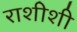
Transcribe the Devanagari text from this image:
राशीशी